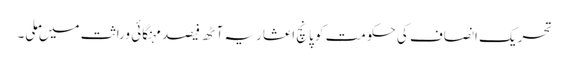
تحریک انصاف کی حکومت کو پانچ اعشاریہ آٹھ فیصد مہنگائی وراثت میں ملی۔